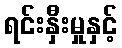
ရင်းနှီးမှုနှင့်